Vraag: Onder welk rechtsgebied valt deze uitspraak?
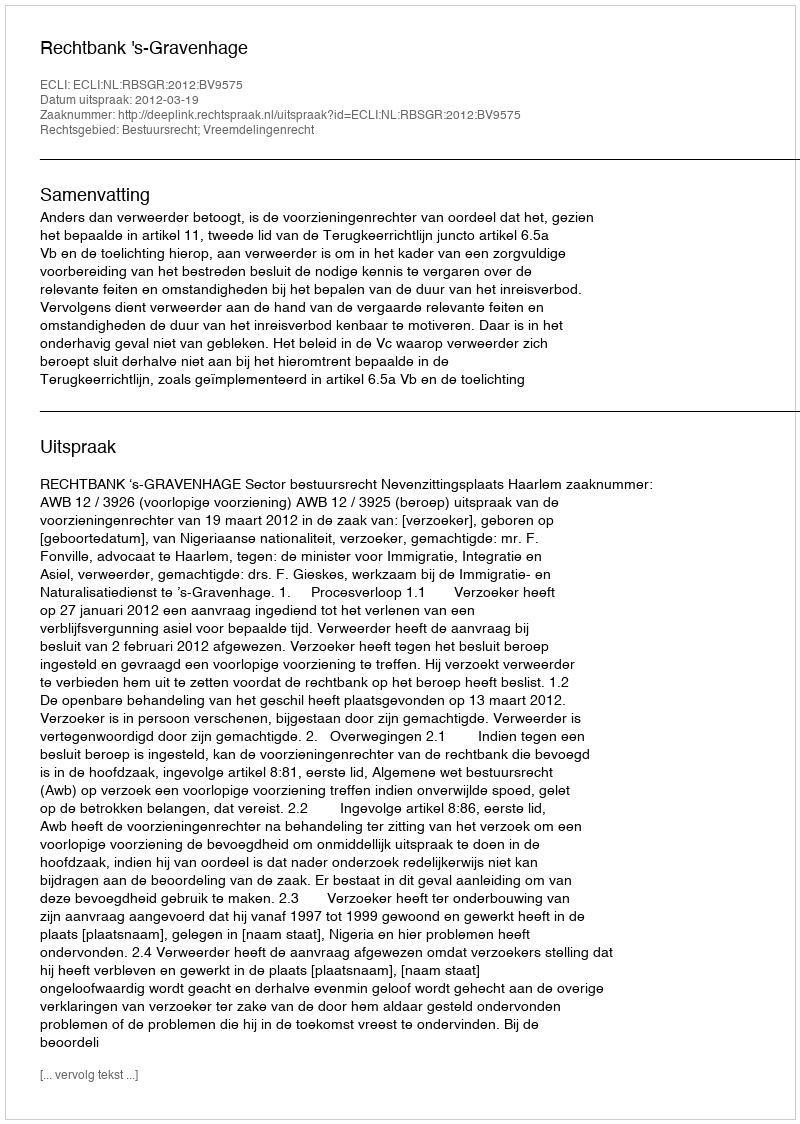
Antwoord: Bestuursrecht; Vreemdelingenrecht